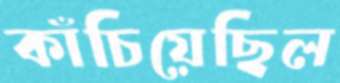
কাঁচিয়েছিল